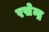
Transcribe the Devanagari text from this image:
रसेन्द्र